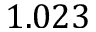
1 . 0 2 3